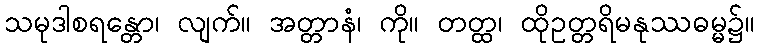
သမုဒါစရန္တော၊ လျက်။ အတ္တာနံ၊ ကို။ တတ္ထ၊ ထိုဥတ္တရိမနုဿဓမ္မ၌။